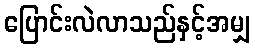
ပြောင်းလဲလာသည်နှင့်အမျှ